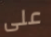
على